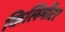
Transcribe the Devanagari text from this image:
किलिमीटर